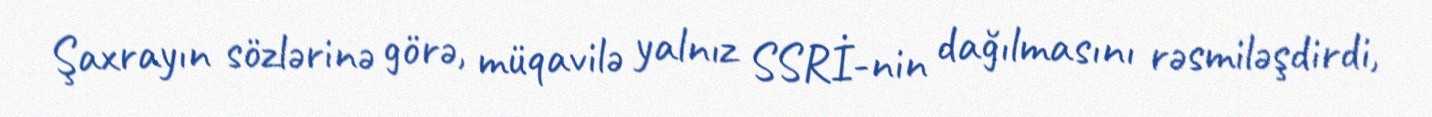
Şaxrayın sözlərinə görə, müqavilə yalnız SSRİ-nin dağılmasını rəsmiləşdirdi,